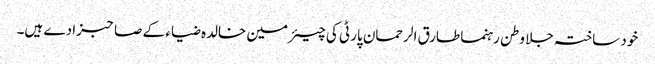
خود ساختہ جلا وطن رہنما طارق الرحمان پارٹی کی چیئرمین خالدہ ضیاء کے صاحبزادے ہیں۔